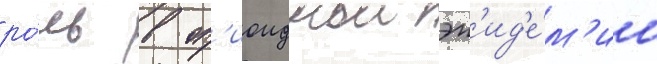
ро́ль в оп'иоиднои эп'ид'е́м'ии